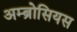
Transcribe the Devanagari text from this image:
अम्ब्रोसियस